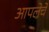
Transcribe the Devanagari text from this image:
आपलेचे